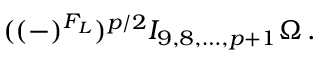
( ( - ) ^ { F _ { L } } ) ^ { p / 2 } I _ { 9 , 8 , \ldots , p + 1 } \Omega \, .